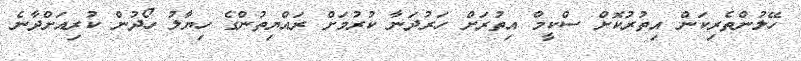
ހޭލުންތެރިކަން އިތުރުކޮށް ސްކީމް އިތުރަށް ހަރުދަނާ ކުރުމަށް ރައްޔިތުންގެ ހިޔާލު ހޯދުން ކުރިއަށްދާނެ